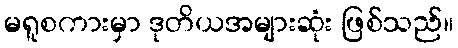
မရူစကားမှာ ဒုတိယအများဆုံး ဖြစ်သည်။